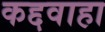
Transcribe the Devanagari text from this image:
कद्दवाहा